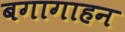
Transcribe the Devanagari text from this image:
बगागाहन